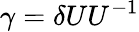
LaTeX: \gamma=\delta{U}U^{-1}